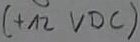
Text: +12 VDC